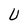
Character: U